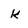
Character: k